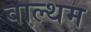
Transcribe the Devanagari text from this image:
वाल्थम